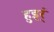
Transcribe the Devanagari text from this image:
हुइर्ं